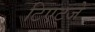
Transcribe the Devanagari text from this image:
टिएट्जे